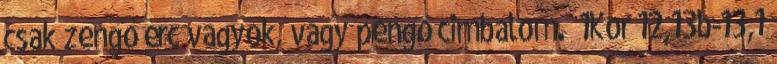
csak zengő érc vagyok, vagy pengő cimbalom.” 1Kor 12,13b-13,1